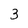
Character: 3